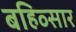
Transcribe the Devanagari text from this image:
बहिव्सार